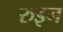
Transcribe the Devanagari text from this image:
रुइन